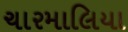
ચારમાલિયા